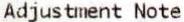
ADJUSTMENT NOTE